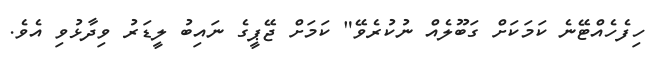
ހިފެހެއްޓޭނެ ކަމަކަށް ގަބޫލެއް ނުކުރެވޭ" ކަމަށް ޖޭޕީގެ ނައިބު ލީޑަރު ވިދާޅުވި އެވެ.